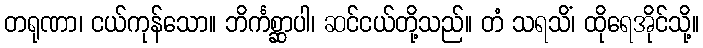
တရုဏာ၊ ငယ်ကုန်သော။ ဘိင်္ကစ္ဆာပါ၊ ဆင်ငယ်တို့သည်။ တံ သရသိံ၊ ထိုရေအိုင်သို့။